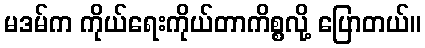
မဒမ်က ကိုယ်ရေးကိုယ်တာကိစ္စလို့ ပြောတယ်။